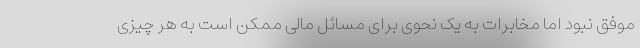
موفق نبود اما مخابرات به یک نحوی برای مسائل مالی ممکن است به هر چیزی